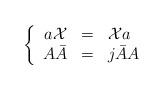
LaTeX: \begin{align*}\left\{ \begin{array}{rcl}a{\cal X} & = & {\cal X}a \\ A\bar A & = & j\bar AA\end{array}\right.\end{align*}